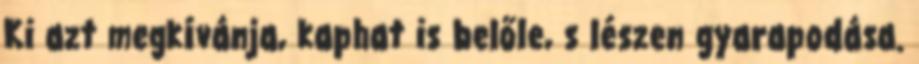
Ki azt megkívánja, kaphat is belőle, s lészen gyarapodása.